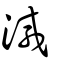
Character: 減